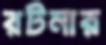
রটনার